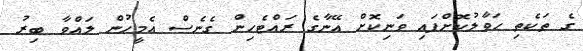
ގެ ތަކެތި ހަވާލުކޮށްފައި ވަނިކޮށް އޭނާގެ ރައްޓެހިން ގެނެސް އެމީހުން ލައްވާ ބިރު